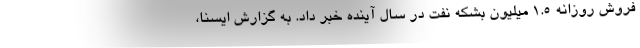
فروش روزانه 1.5 میلیون بشکه نفت در سال آینده خبر داد. به گزارش ایسنا،